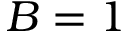
B = 1